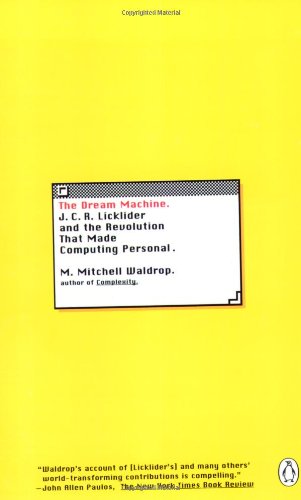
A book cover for The Dream Machine: J.C.R. Licklider and the Revolution That Made Computing Personal; M. Mitchell Waldrop; Computers & Technology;